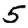
Digit: 5